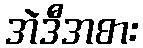
အဲဒီအစား